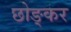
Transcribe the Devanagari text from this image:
छोङ्कर